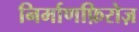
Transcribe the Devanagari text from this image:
निर्माणफ़िरोज़